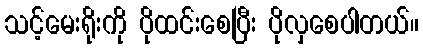
သင့်မေးရိုးကို ပိုထင်းစေပြီး ပိုလှစေပါတယ်။